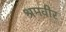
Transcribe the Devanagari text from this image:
श्रमवीर